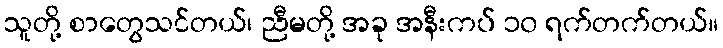
သူတို့ စာတွေသင်တယ်၊ ညီမတို့ အခု အနီးကပ် ၁၀ ရက်တက်တယ်။